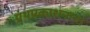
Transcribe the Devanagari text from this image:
ग्रंथप्रकाशनाचा